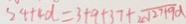
2 4 + 4 d = 3 + 9 + 3 7 + 2 \sqrt { 2 7 + 9 \alpha }